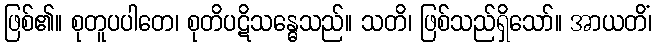
ဖြစ်၏။ စုတူပပါတေ၊ စုတိပဋိသန္ဓေသည်။ သတိ၊ ဖြစ်သည်ရှိသော်။ အာယတိံ၊